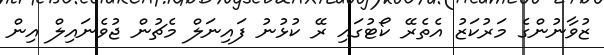
ޒުވާނުންގެ މަރުކަޒު އެތެރޭ ކޯޓުގައި ރޭ ކުޅުނު ފައިނަލް މެޗުން ޖުވެނައިލް އިން